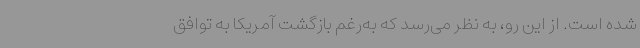
شده است. از این رو، به نظر می‌رسد که به‌رغم بازگشت آمریکا به توافق